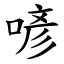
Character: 喭